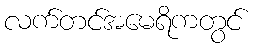
လက်တင်အမေရိကတွင်